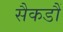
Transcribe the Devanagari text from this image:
सैकडौं